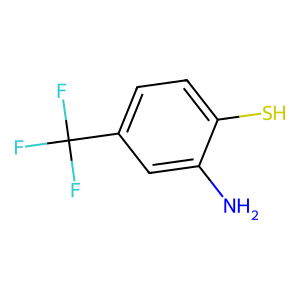
SMILES: Nc1cc(C(F)(F)F)ccc1S
Inhibits HIV replication: No